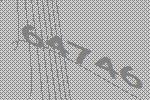
64746